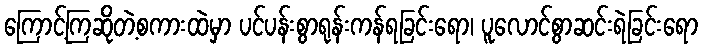
ကြောင့်ကြဆိုတဲ့စကားထဲမှာ ပင်ပန်းစွာရုန်းကန်ရခြင်းရော၊ ပူလောင်စွာဆင်းရဲခြင်းရော